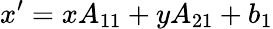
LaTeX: x^{\prime}=xA_{11}+yA_{21}+b_{1}